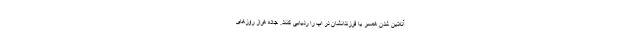
آنلاین شدن همسر یا فرزندانشان در اپ را ردیابی کنند. جاده هراز روزهای